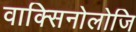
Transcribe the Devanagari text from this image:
वाक्सिनोलोजि